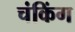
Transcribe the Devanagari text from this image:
चंकिंग